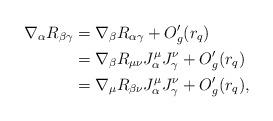
LaTeX: \begin{align*}\nabla_{\alpha}R_{\beta\gamma}&=\nabla_\beta R_{\alpha\gamma}+O_g'(r_q)\\&=\nabla_\beta R_{\mu\nu}J^\mu_\alpha J^\nu_\gamma+O_g'(r_q)\\&=\nabla_{\mu}R_{\beta\nu}J_{\alpha}^{\mu}J_{\gamma}^{\nu}+O_g'(r_q),\end{align*}